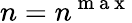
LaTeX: n=n^{\mathrm{~m~a~x~}}